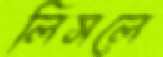
লিসলে